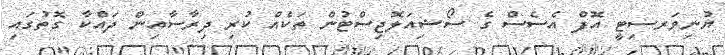
ޔުނިވަރސިޓީ އޮފް އެސެސް ގެ ސޯޝިއަލޮޖިސްޓުން ތަކެއް ކުރި ދިރާސާއިން ދައްކާ ގޮތުގައި